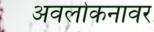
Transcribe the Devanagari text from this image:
अवलोकनावर